Vital statistics of India. Vol. IV, Annual returns from 1871 to 1876. British Army of India, Native Army and jails of Bengal
Year: 1871
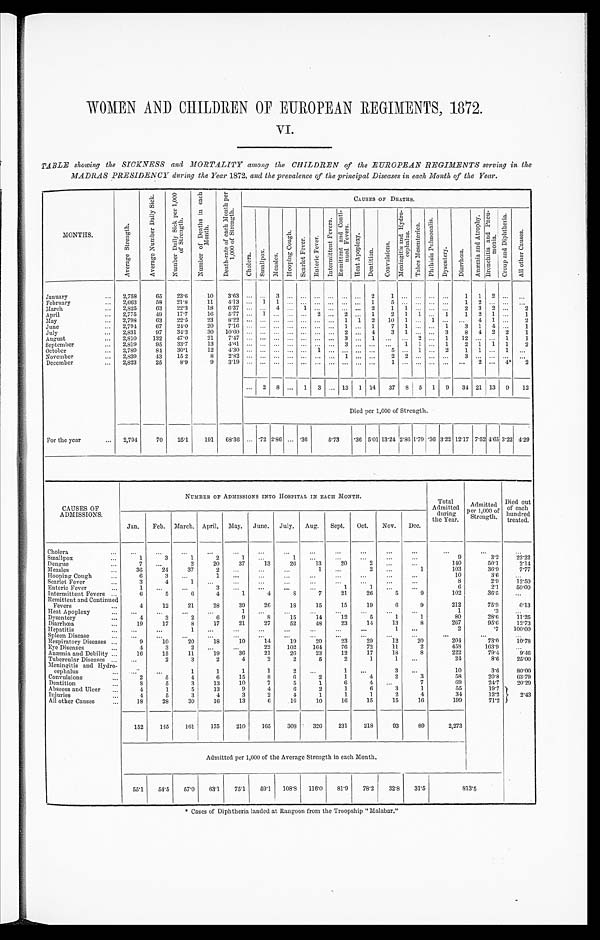
WOMEN AND CHILDREN OF EUROPEAN REGIMENTS, 1872.
VI.
TABLE showing the SICKNESS and MORTALITY among the CHILDREN of the EUROPEAN REGIMENTS serving in the
MADRAS PRESIDENCY during the Year 1872, and the prevalence of the principal Diseases in each Month of the Year.
MONTHS.
A v e r a g e S t r e n g t h .
A v e r a g e N u m b e r D a i l y S i c k .
N u m b e r D a i l y S i c k p e r 1 , 0 0 0 o f S t r e n g t h .
N u m b e r o f D e a t h s i n e a c h M o n t h .
D e a t h - r a t e o f e a c h M o n t h p e r 1 , 0 0 0 o f S t r e n g t h .
CAUSES OF DEATHS.
C h o l e r a .
S m a l l p o x .
M e a s l e s .
H o o p i n g C o u g h .
S c a r l e t F e v e r . E n t e r i c F e v e r .
I n t e r m i t t e n t F e v e r s . R e m i t t e n t a n d C o n t i n u e d F e v e r s .
H e a t A p o p l e x y .
D e n t i t i o n .
C o n v u l s i o n s .
M e n i n g i t i s a n d H y d r o c e p h a l u s .
T a b e s M e s e n t e r i c a . P h t h i s i s P u l m o n a l i s .
D y s e n t e r y .
D i a r r h œ a .
A n æ m i a a n d A t r o p h y . B r o n c h i t i s a n d P n e u m o n i a .
C r o u p a n d D i p h t h e r i a .
A l l o t h e r C a u s e s .
January
2,758
65
23.6
10
3.63 ... ... 3 ... ... ...
. . . ...
. . . 2
1 . . .
. . . ...
. . . 1 1 2 ... ...
February
2,663
58
21.8
11
4.13 ... 1 1 ... ...
. . . ... ... ...
1
5 . . . . . . . . . . . . 1 2 ...
. . .
. . .
March
2,825
63
22.3
18
6.37 ...
. . . 4
. . . 1
. . . . . . . . . . . . 2
1
1 . . . . . . . . .
2 3 2 ...
2
April
2,775
49
17.7
16
5.77 ... 1 ... ...
. . . 2 ... 2 ... 1
2 1 1
. . . 1
1
2 1 ...
1
May
2,798
63
22.5
23
8.22 ... ... ... ... ... ... ... 1 1 2 10 1 ...
1 . . .
. . . 4 1
. . . 2
June
2,794
67
24.0
20
7.16 ...
. . . ...
. . . ... ...
. . . 1 ... 1
7 1 ... ... 1
3 1
4 ...
1
July
2,831
97
34.3
30 10.60 ... ...
. . . ... ...
. . . ... 2 ... 4
3 1 ... ... 3
8 4 2 2
1
August
2,810
132
47.0
21
7.47 ... ... ...
. . . . . . . . . . . . 3
. . . 1
. . . . . . 2
. . . 1 12 ... ... 1
1
September
2,819
95
3 3 . 7 13
4.61 ... ...
. . . ... ... ... ...
3 . . . . . .
. . . 1 1
. . . 1
2 1
1 1
2
October
2,789
84
30.1
1 2
4 . 3 0 . . . . . . . . . . . . . . . 1 . . . . . . ... . . .
5 ...
1 ...
2
1 1 . . . 1 ...
November
2,839
43
15 2
8
2 . 8 2 . . . . . . . . . . . . . . . . . . . . . 1 . . . . . .
2
2 . . . . . . . . .
3 . . . . . . . . . . . .
December
2,823
25
8.9
9
3 . 1 9 . . . . . . . . . . . . . . . . . . . . . . . . . . . . . .
1
. . . . . . . . . . . .
. . . 2 . . . 4 * 2
... 2 8 ... 1 3 ... 13 1 14 37 8 5 1 9 34 21 13 9 12
Died per 1,000 of Strength.
For the year
2,794
70
25.1
191 68.36 ... .72 2.86 ... .36
5.73 .36 5.01 13.24 2.86 1.79 .36 3.22 12.17 7.524.65 3.22 4.29
CAUSES OF
ADMISSIONS.
NUMBER OF ADMISSIONS INTO HOSPITAL IN EACH MONTH.
Total
Admitted
during
the Year.
Admitted
p e r 1 , 0 0 0 o
f S t r e n g t h .
Died out
of each
hundred
treated.
Jan. Feb. March. April. May. June. July. Aug. Sept. Oct. Nov. Dec.
Cholera
. . . ...
...
...
...
...
...
...
...
...
...
...
. . .
. . .
. . .
Smallpox
1
3
1
2
1
...
1 ...
...
. . . ...
...
9
3 . 2
2 2 . 2 2
Dengue
7 ...
2
20
37
13
26
1 3
2 0
2
. . . ...
140
5 0 . 1
2 . 1 4
Measles
36
24
37
2
. . . ...
...
1
. . .
2
. . .
1
103
36.9
7 . 7 7
H o o p i n g C o u g h
6
3
. . .
1
. . .
. . . ...
. . .
. . . ...
...
...
1 0
3 . 6 ...
Scarlet Fever
3
4
1
. . . ...
...
. . . ...
. . . ...
...
...
8
2.9
1 2 . 5 0
Enteric Fever
1
. . .
. . .
3
. . . ...
...
...
1
1 ...
...
6
2 . 1
50.00
Intermittent Fevers
6
5
6
4
1
4
8
7
2 1
2 6
5
9
1 0 2
3 6 . 5
. . .
Re mi t t e n t a n d Co n t i n u e d F e v e r s
4
12
21
28
39
26
18
15
15
19
6
9
212
75.9
6 . 1 3
Heat Apoplexy
. . . ...
...
...
1 ...
. . . . . .
...
...
...
...
1
. 3 ...
Dysentery
4
3
2
6
9
8
15
14
12
5
1
1
8 0
28.6
11.25
Diarrhœa
19
17
8
17
21
27
52
48
23
1 4
13
8
267
9 5 . 6 12.73
Hepatitis
. . .
...
1 ...
...
...
...
. . .
. . . ...
1 ...
2
. 7
100.00
Spleen Disease
...
. . . ...
...
. . .
...
. . .
. . .
. . .
. . .
. . .
...
. . .
...
...
Respiratory Diseases
9
10
20
18
10
14
19
20
23
29
12
2 0
2 0 4
7 3 . 0 10.78
Eye Diseases
4
3
2
. . . ...
22
102
164
76
7 2
11
2
458
163.9
...
Anæmia and Debility
16
15
11
19
36
21
26
23
1 2
1 7
1 8
8
222
7 9 . 4
9 . 4 6
Tubercular Diseases
...
2
3
2
4
2
2
5
2
1
1
. . .
2 4
8 . 6
25.00
Meningitis and Hydro-
cephalus
...
. . .
1
1
1
1
2
. . .
1 ...
3
. . .
1 0
3.6
80.00
Convulsions
2
5
4
6
15
8
6
2
1
4
2
3
5 8
2 0 . 8
6 3 . 7 9
Dentition
8
5
3
13
10
7
5
1
6
4 ...
7
6 9
2 4 . 7
20.29
Abscess and Ulcer
4
1
5
13
9
4
6
2
1
6
3
1
5 5
19.7
2'.43
Injuries
4
5
3
4
3
2
4
1
1
1
2
4
3 4
12.2
All other Causes
18
28
30
16
13
6
16
10
16
1 5
1 5
1 6
1 9 9
7 1 . 2
152
145
161
175
210
165
308
326
231
218
93
89
2,273
Admitted per 1,000 of the Average Strength in each Month.
55.1 54.5 57.0 63.1 75.1 59.1 108.8 116.0
81.9
78.2 32.8 31.5
8 1 3 . 5
* C a s e s o f D i p h t h e r i a l a n d e d a t R a n g o o n f r o m t h e T r o o p s h i p " M a l a b a r " .